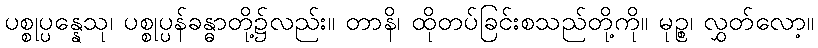
ပစ္စုပ္ပန္နေသု၊ ပစ္စုပ္ပန်ခန္ဓာတို့၌လည်း။ တာနိ၊ ထိုတပ်ခြင်းစသည်တို့ကို။ မုဉ္စ၊ လွှတ်လော့။